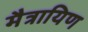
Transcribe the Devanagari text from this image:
मैत्रायिण